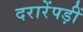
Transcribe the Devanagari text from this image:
दरारेंपड़ीं